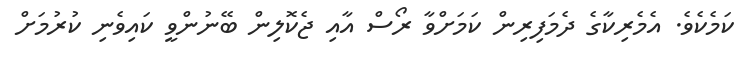
ކަމެކެވެ. އެމެރިކާގެ ދެމަފިރިން ކަމަށްވާ ރޯސް އާއި ޖެކޮލިން ބޭނުންވީ ކައިވެނި ކުރުމަށް